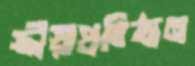
ক্রীড়াপ্রতিষ্ঠান